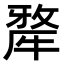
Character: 𤛆